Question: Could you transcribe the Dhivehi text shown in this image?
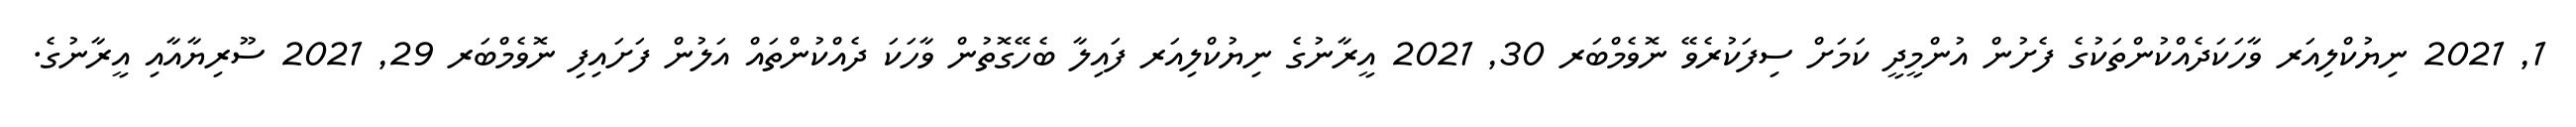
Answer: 1, 2021 ނިޔުކްލިއަރ ވާހަކަދެއްކުންތަކުގެ ފެށުން އުންމީދީ ކަމަށް ސިފަކުރެވޭ ނޮވެމްބަރ 30, 2021 އީރާނުގެ ނިޔުކްލިއަރ ފައިލާ ބެހޭގޮތުން ވާހަކަ ދެއްކުންތައް އަލުން ފަށައިފި ނޮވެމްބަރ 29, 2021 ސޫރިޔާއާއި އީރާނުގެ.